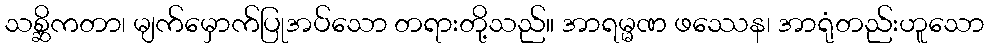
သစ္ဆိကတာ၊ မျက်မှောက်ပြုအပ်သော တရားတို့သည်။ အာရမ္မဏ ဖဿေန၊ အာရုံတည်းဟူသော